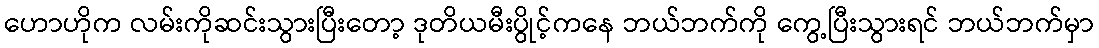
ဟောဟိုက လမ်းကိုဆင်းသွားပြီးတော့ ဒုတိယမီးပွိုင့်ကနေ ဘယ်ဘက်ကို ကွေ့ပြီးသွားရင် ဘယ်ဘက်မှာ